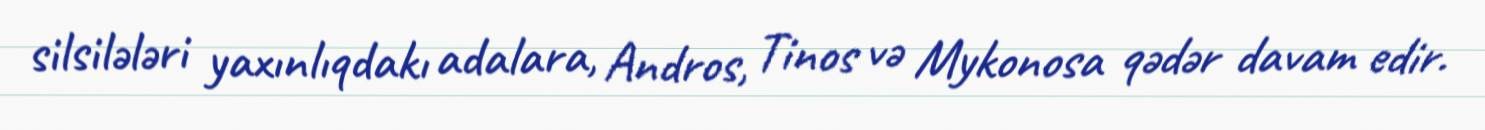
silsilələri yaxınlıqdakı adalara, Andros, Tinos və Mykonosa qədər davam edir.